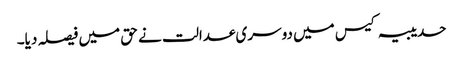
حدیبیہ کیس میں دوسری عدالت نے حق میں فیصلہ دیا۔